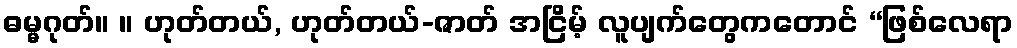
ဓမ္မဂုတ်။ ။ ဟုတ်တယ်, ဟုတ်တယ်-ဇာတ် အငြိမ့် လူပျက်တွေကတောင် “ဖြစ်လေရာ